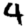
Digit: 4